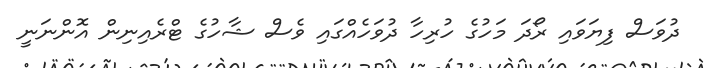
ދުވަސް ފިޔަވައި ރޯދަ މަހުގެ ހުރިހާ ދުވަހެއްގައި ވެސް ޝާހުގެ ޓްރެއިނިން އޮންނަނީ